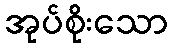
အုပ်စိုးသော